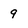
Character: 9